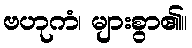
ဗဟုကံ၊ များစွာ၏။